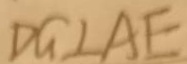
D G \bot A E